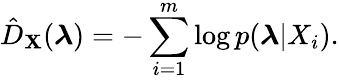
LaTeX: \hat{D}_{\mathbf{X}}(\boldsymbol{\lambda})=-\sum_{i=1}^{m}\log p(\boldsymbol{\lambda}|X_{i}).